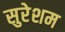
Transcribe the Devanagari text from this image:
सुरेशम